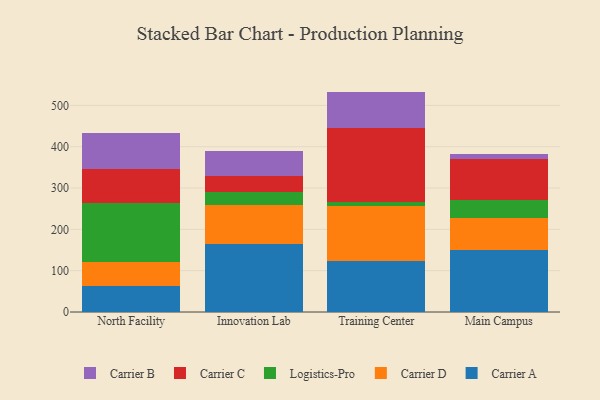
{"axis": {"x": "Campus", "y": "Page Views"}, "legend": ["Carrier A", "Carrier B", "Carrier C", "Carrier D", "Logistics-Pro"], "data": [{"x": "North Facility", "y": 62.9, "type": "Carrier A"}, {"x": "North Facility", "y": 58.7, "type": "Carrier D"}, {"x": "North Facility", "y": 143.3, "type": "Logistics-Pro"}, {"x": "North Facility", "y": 81.7, "type": "Carrier C"}, {"x": "North Facility", "y": 87.1, "type": "Carrier B"}, {"x": "Innovation Lab", "y": 163.9, "type": "Carrier A"}, {"x": "Innovation Lab", "y": 94.3, "type": "Carrier D"}, {"x": "Innovation Lab", "y": 32.4, "type": "Logistics-Pro"}, {"x": "Innovation Lab", "y": 38.8, "type": "Carrier C"}, {"x": "Innovation Lab", "y": 60.7, "type": "Carrier B"}, {"x": "Training Center", "y": 123.6, "type": "Carrier A"}, {"x": "Training Center", "y": 132.4, "type": "Carrier D"}, {"x": "Training Center", "y": 10.6, "type": "Logistics-Pro"}, {"x": "Training Center", "y": 179.9, "type": "Carrier C"}, {"x": "Training Center", "y": 86.9, "type": "Carrier B"}, {"x": "Main Campus", "y": 149.8, "type": "Carrier A"}, {"x": "Main Campus", "y": 77.2, "type": "Carrier D"}, {"x": "Main Campus", "y": 44.9, "type": "Logistics-Pro"}, {"x": "Main Campus", "y": 97.5, "type": "Carrier C"}, {"x": "Main Campus", "y": 12.5, "type": "Carrier B"}]}